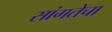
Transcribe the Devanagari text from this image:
सांगतेचा